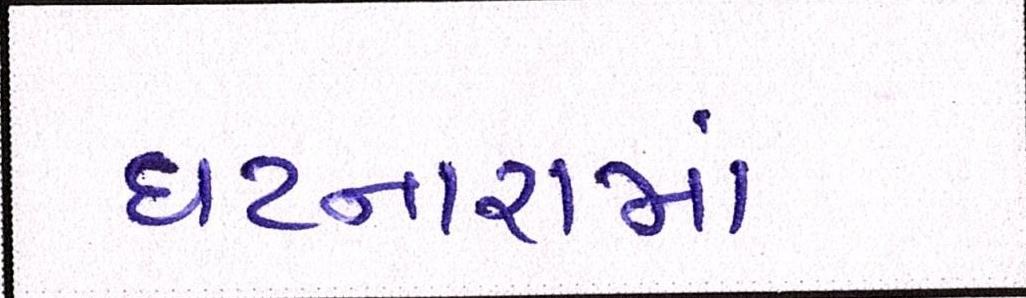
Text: ઘટનારામાં